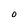
Character: O